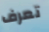
تعرف